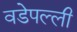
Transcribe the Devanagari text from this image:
वडेपल्‍ली